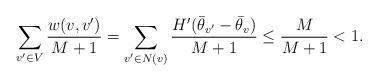
LaTeX: \begin{align*}\sum_{v' \in V} \frac{w(v,v')}{M + 1} = \sum_{v' \in N(v)} \frac{H'(\bar{\theta}_{v'} - \bar{\theta}_v)}{M+1} \leq \frac{M}{M + 1} < 1. \end{align*}